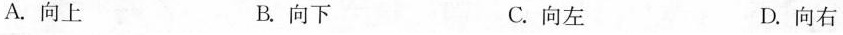
A.向上 B.向下 C.向左 D.向右